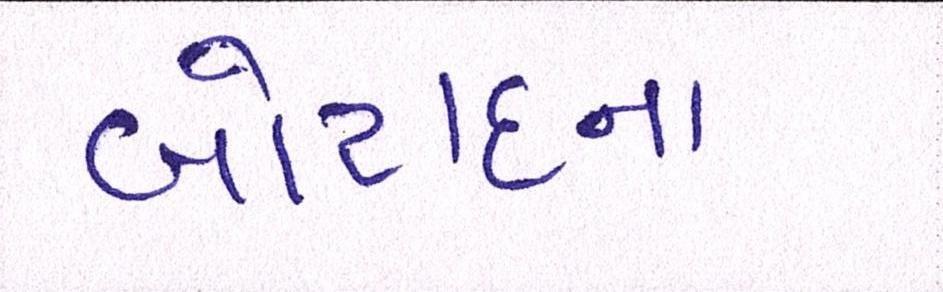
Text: બોટાદના